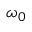
\omega _ { 0 }